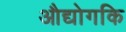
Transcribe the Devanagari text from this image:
औद्योगकि